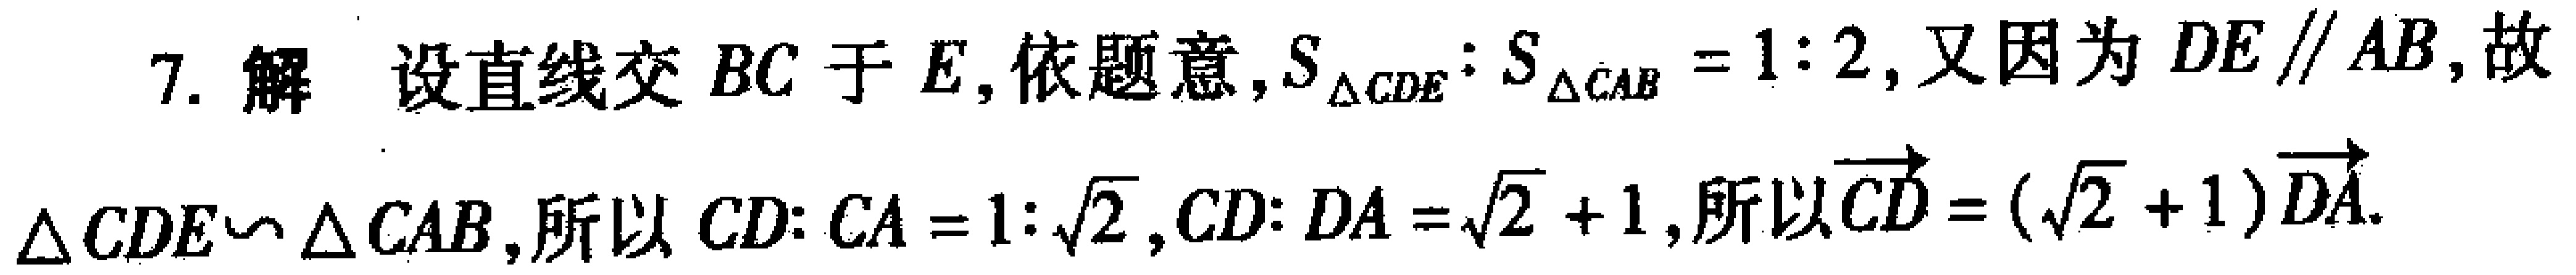
7. 解 设直线交 \(BC\) 于 \(E\), 依题意, \(S_{\triangle CDE}:S_{\triangle CAB}=1:2\), 又因为 \(DE\parallel AB\), 故 \(\triangle CDE\sim\triangle CAB\), 所以 \(CD:CA = 1:\sqrt{2}\), \(CD:DA=\sqrt{2}+1\), 所以 \(\overrightarrow{CD}=(\sqrt{2}+1)\overrightarrow{DA}\).